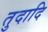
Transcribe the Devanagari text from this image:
तुदादि